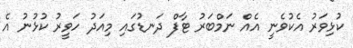
ކުޅިވަރު އެކުވެނީ އެއް ނަމްބަރު ޓާފް ދަނޑުގައި މިއަދު ހަވީރު ކުޅުނު އެ